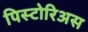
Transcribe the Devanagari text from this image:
पिस्टोरिअस